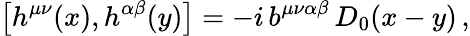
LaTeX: \big[h^{\mu\nu}(x),h^{\alpha\beta}(y)\big]=-i\, b^{\mu\nu\alpha\beta}\, D_{0}(x-y)\, ,